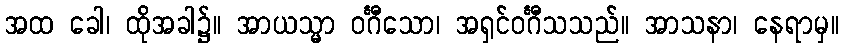
အထ ခေါ၊ ထိုအခါ၌။ အာယသ္မာ ဝင်္ဂီသော၊ အရှင်ဝင်္ဂီသသည်။ အာသနာ၊ နေရာမှ။